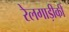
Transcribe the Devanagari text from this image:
रेलगाड़ीकी